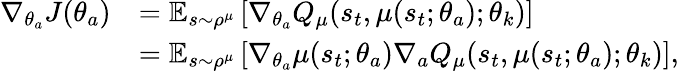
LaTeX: \begin{array}{rl}{\nabla_{\theta_{a}}J(\theta_{a})}&{=\mathbb{E}_{s\sim\rho^{\mu}}\left[\nabla_{\theta_{a}}{{Q}}_{\mu}(s_{t},\mu(s_{t};\theta_{a});\theta_{k})\right]}\\ &{=\mathbb{E}_{s\sim\rho^{\mu}}\left[\nabla_{\theta_{a}}\mu(s_{t};\theta_{a})\nabla_{a}{{Q}}_{\mu}(s_{t},\mu(s_{t};\theta_{a});\theta_{k})\right],}\end{array}